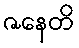
ဇနေတိ